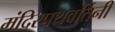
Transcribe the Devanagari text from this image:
मंदिरपथवर्तिनी